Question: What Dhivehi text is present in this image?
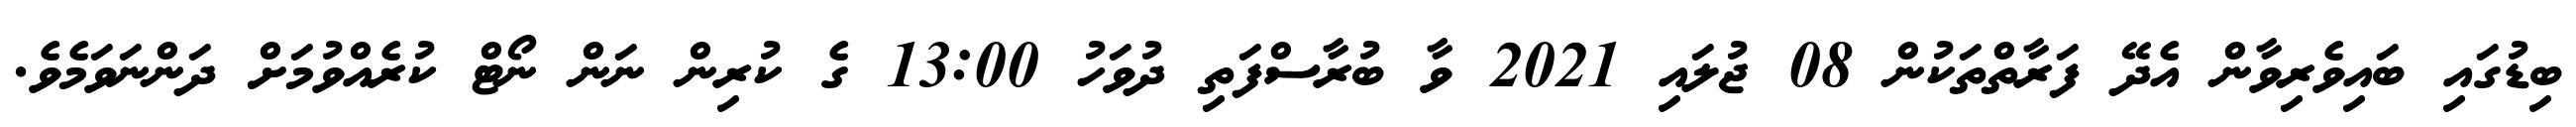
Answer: ބިޑުގައި ބައިވެރިވާން އެދޭ ފަރާތްތަކުން 08 ޖުލައި 2021 ވާ ބުރާސްފަތި ދުވަހު 13:00 ގެ ކުރިން ނަން ނޯޓް ކުރެއްވުމަށް ދަންނަވަމެވެ.